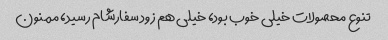
تنوع محصولات خیلی خوب بود، خیلی هم زود سفارشام رسید، ممنون